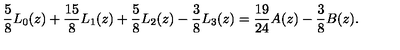
\frac { 5 } { 8 } L _ { 0 } ( z ) + \frac { 1 5 } { 8 } L _ { 1 } ( z ) + \frac { 5 } { 8 } L _ { 2 } ( z ) - \frac { 3 } { 8 } L _ { 3 } ( z ) = \frac { 1 9 } { 2 4 } A ( z ) - \frac { 3 } { 8 } B ( z ) .